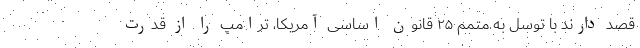
قصد دارند با توسل به متمم ۲۵ قانون اساسی آمریکا، ترامپ را از قدرت